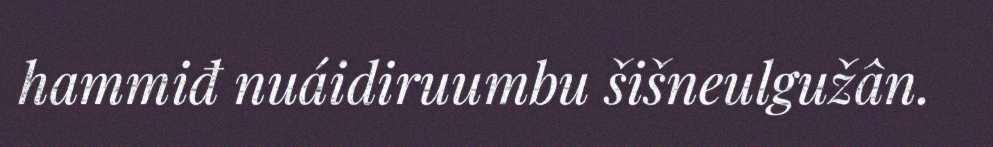
hammiđ nuáidiruumbu šišneulgužân.